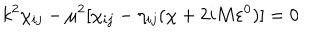
LaTeX: k ^ { 2 } \chi _ { i j } - \mu ^ { 2 } [ \chi _ { i j } - \eta _ { i j } ( \chi + 2 i M \varepsilon ^ { 0 } ) ] = 0